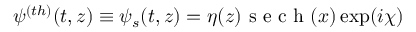
\psi ^ { ( t h ) } ( t , z ) \equiv \psi _ { s } ( t , z ) = \eta ( z ) \mathrm { ~ s ~ e ~ c ~ h ~ } ( x ) \exp ( i \chi )